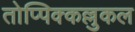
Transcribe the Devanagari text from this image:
तोप्पिक्कल्लुकल